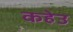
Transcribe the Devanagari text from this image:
कहेउ